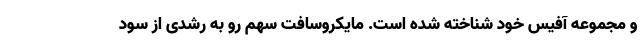
و مجموعه آفیس خود شناخته شده است. مایکروسافت سهم رو به رشدی از سود